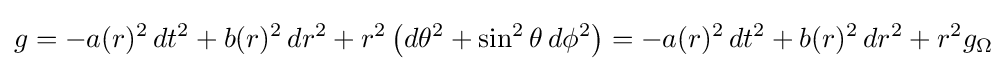
g=-a(r)^{2}\,dt^{2}+b(r)^{2}\,dr^{2}+r^{2}\left(d\theta ^{2}+\sin ^{2}\theta \,d\phi ^{2}\right)=-a(r)^{2}\,dt^{2}+b(r)^{2}\,dr^{2}+r^{2}g_{\Omega }